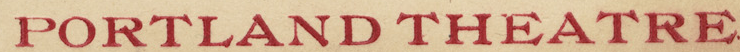
PORTLAND THEATRE